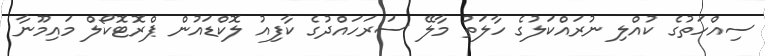
ސިއްހަތުގެ ކުއްލި ނުރައްކަލުގެ ހާލަތު މާލޭ ސަރަހައްދުގެ ކާފިއު ލޮކްޑައުން ޕްރޮޓޮކޯލް މައިމޫނާ